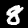
Label: 8